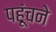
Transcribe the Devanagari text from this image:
पहूंचने